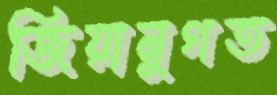
জিয়ানুগত